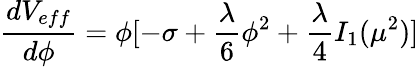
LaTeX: \frac{dV_{eff}}{d\phi}=\phi[-\sigma+\frac{\lambda}{6}\phi^{2}+\frac{\lambda}{4}I_{1}(\mu^{2})]